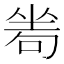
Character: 𠷜